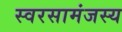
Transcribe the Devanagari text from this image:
स्वरसामंजस्य